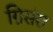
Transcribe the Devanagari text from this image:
ग्रिसंस